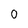
Character: 0